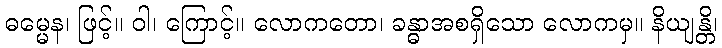
ဓမ္မေန၊ ဖြင့်။ ဝါ၊ ကြောင့်။ လောကတော၊ ခန္ဓာအစရှိသော လောကမှ။ နိယျန္တိ၊